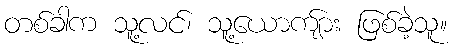
တစ်ခါက သူ့လင်၊ သူ့ယောကျ်ား ဖြစ်ခဲ့သူ။